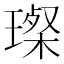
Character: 𤨪